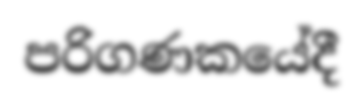
පරිගණකයේදී